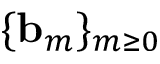
\{ \ensuremath { \mathbf { b } } _ { m } \} _ { m \geq 0 }